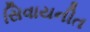
સિવાયનીત